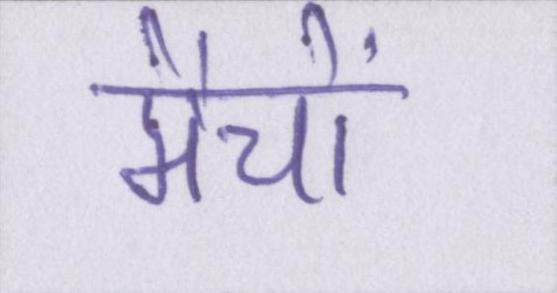
मैचों